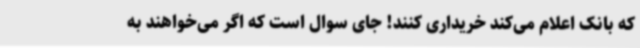
که بانک اعلام می‌کند خریداری کنند! جای سوال است که اگر می‌خواهند به